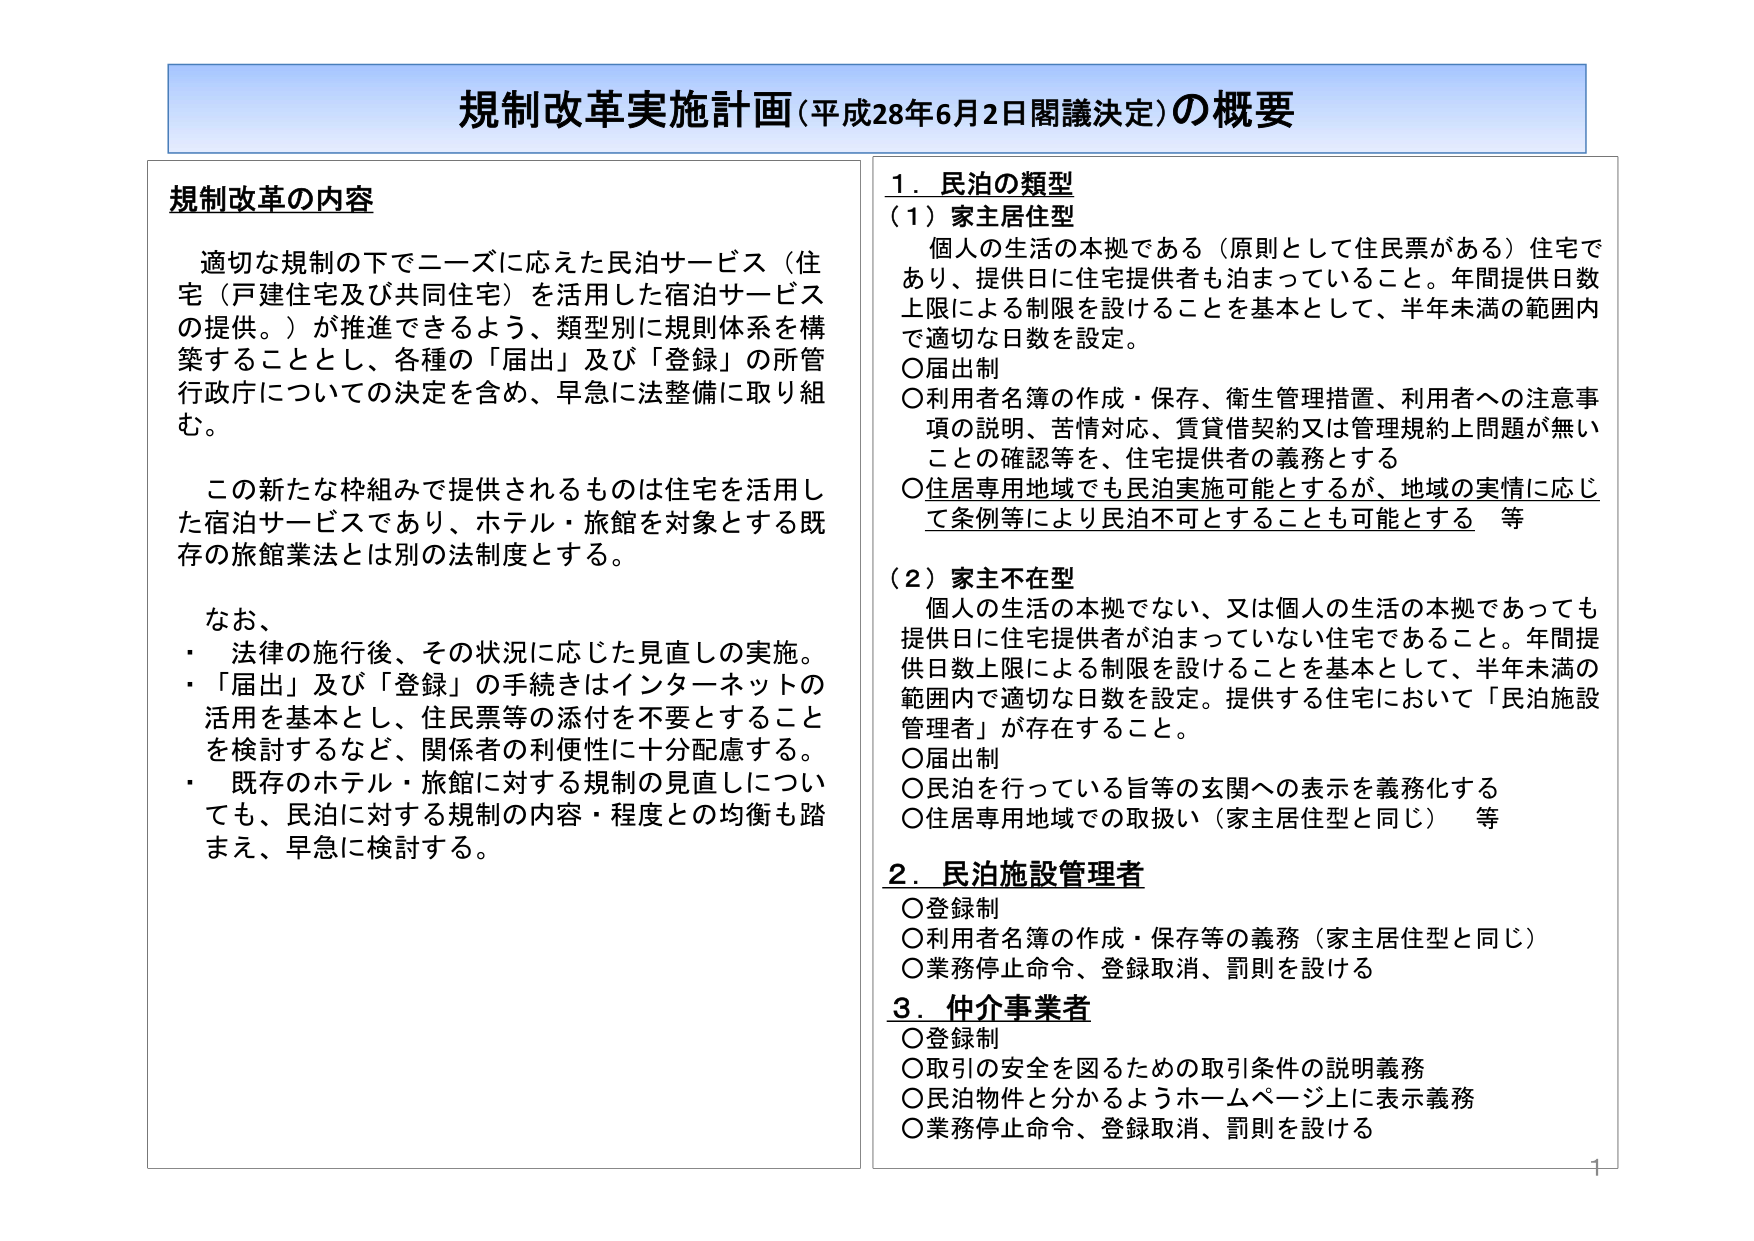
規制改革実施計画（平成28年6月2日閣議決定）の概要

規制改革の内容
適切な規制の下でニーズに応えた民泊サービス（住宅（戸建住宅及び共同住宅）を活用した宿泊サービスの提供。）が推進できるよう、類型別に規制体系を構築することとし、各種の「届出」及び「登録」の所管行政庁についての決定を含め、早急に法整備に取り組む。

この新たな枠組みで提供されるものは住宅を活用した宿泊サービスであり、ホテル・旅館を対象とする既存の旅館業法とは別の法制度とする。

なお、
・法律の施行後、その状況に応じた見直しの実施。
・「届出」及び「登録」の手続きはインターネットの活用を基本とし、住民票等の添付を不要とすることを検討するなど、関係者の利便性に十分配慮する。
・既存のホテル・旅館に対する規制の見直しについても、民泊に対する規制の内容・程度との均衡も踏まえ、早急に検討する。

1．民泊の類型
（1）家主居住型
個人の生活の本拠である（原則として住民票がある）住宅であり、提供日に住宅提供者も泊まっていること。年間提供日数上限による制限を設けることを基本として、半年未満の範囲内で適切な日数を設定。
○届出制
○利用者名簿の作成・保存、衛生管理措置、利用者への注意事項の説明、苦情対応、賃貸借契約又は管理規約上問題が無いことの確認等を、住宅提供者の義務とする
○住居専用地域でも民泊実施可能とするが、地域の実情に応じて条例等により民泊不可とすることも可能とする　等

（2）家主不在型
個人の生活の本拠でない、又は個人の生活の本拠であっても提供日に住宅提供者が泊まっていない住宅であること。年間提供日数上限による制限を設けることを基本として、半年未満の範囲内で適切な日数を設定。提供する住宅において「民泊施設管理者」が存在すること。
○届出制
○民泊を行っている旨等の玄関への表示を義務化する
○住居専用地域での取扱い（家主居住型と同じ）　等

2．民泊施設管理者
○登録制
○利用者名簿の作成・保存等の義務（家主居住型と同じ）
○業務停止命令、登録取消、罰則を設ける

3．仲介事業者
○登録制
○取引の安全を図るための取引条件の説明義務
○民泊物件と分かるようホームページ上に表示義務
○業務停止命令、登録取消、罰則を設ける

1